Civil Veterinary Dept. Bombay admin report 1923-31 - 1923-1931
Year: 1923
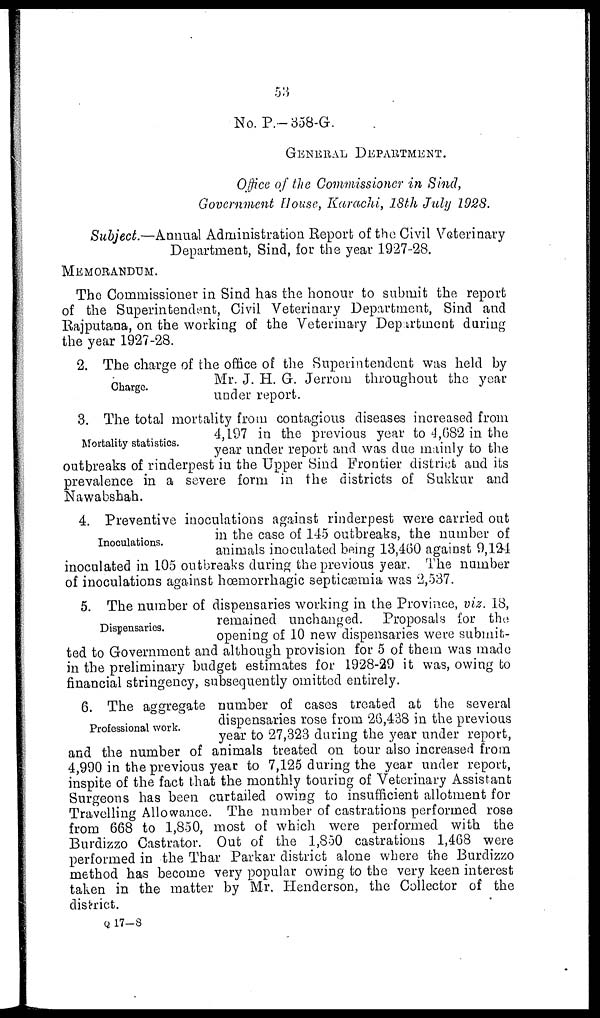
53
No. P.-358-G.
GENERAL
DEPARTMENT.
Office of the Commissioner in Sind,
Government House, Karachi, 18th July 1928.
Subject.—Annual Administration Report of the Civil Veterinary
Department, Sind, for the year 1927-28.
MEMORANDUM.
The Commissioner in Sind has the honour to submit the report
of the Superintendent, Civil Veterinary Department, Sind and
Rajputana, on the working of the Veterinary Department during
the year 1927-28.
Charge.
2. The charge of the office of the Superintendent was held by
Mr. J. H. G. Jerrom throughout the year
under report.
Mortality statistics.
3. The total mortality from contagious diseases increased from
4,197 in the previous year to 4,682 in the
year under report and was due mainly to the
outbreaks of rinderpest in the Upper Sind Frontier district and its
prevalence in a severe form in the districts of Sukkur and
Nawabshah.
Inoculations.
4. Preventive inoculations against rinderpest were carried out
in the case of 145 outbreaks, the number of
animals inoculated being 13,460 against 9,124
inoculated in 105 outbreaks during the previous year. The number
of inoculations against hæmorrhagic septicæmia was 2,537.
Dispensaries.
5. The number of dispensaries working in the Province, viz. 18,
remained unchanged. Proposals for the
opening of 10 new dispensaries were submit-
ted to Government and although provision for 5 of them was made
in the preliminary budget estimates for 1928-29 it was, owing to
financial stringency, subsequently omitted entirely.
Professional work.
6. The aggregate number of cases treated at the several
dispensaries rose from 26,438 in the previous
year to 27,323 during the year under report,
and the number of animals treated on tour also increased from
4,990 in the previous year to 7,125 during the year under report,
inspite of the fact that the monthly touring of Veterinary Assistant
Surgeons has been curtailed owing to insufficient allotment for
Travelling Allowance. The number of castrations performed rose
from 668 to 1,850, most of which were performed with the
Burdizzo Castrator. Out of the 1,850 castrations 1,468 were
performed in the Thar Parkar district alone where the Burdizzo
method has become very popular owing to the very keen interest
taken in the matter by Mr. Henderson, the Collector of the
district.
Q17-8